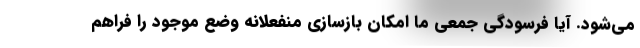
می‌شود. آیا فرسودگی جمعی ما امکان بازسازی منفعلانه وضع موجود را فراهم